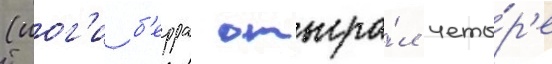
(иог'и б'ерра отыгра́л четы́р'е